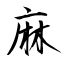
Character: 麻